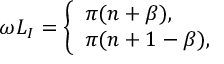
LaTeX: \omega L _ { I } = \left\{ \begin{array} { l l } { { \pi ( n + \beta ) , } } \\ { { \pi ( n + 1 - \beta ) , } } \end{array} \right.